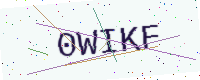
Text: 0WIKF